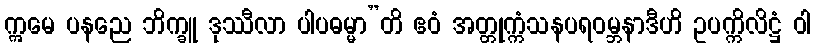
ဣမေ ပနညေ ဘိက္ခူ ဒုဿီလာ ပါပဓမ္မာ”တိ ဧဝံ အတ္တုက္ကံသနပရဝမ္ဘနာဒီဟိ ဥပက္ကိလိဋ္ဌံ ဝါ